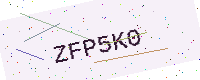
Text: ZFP5K0